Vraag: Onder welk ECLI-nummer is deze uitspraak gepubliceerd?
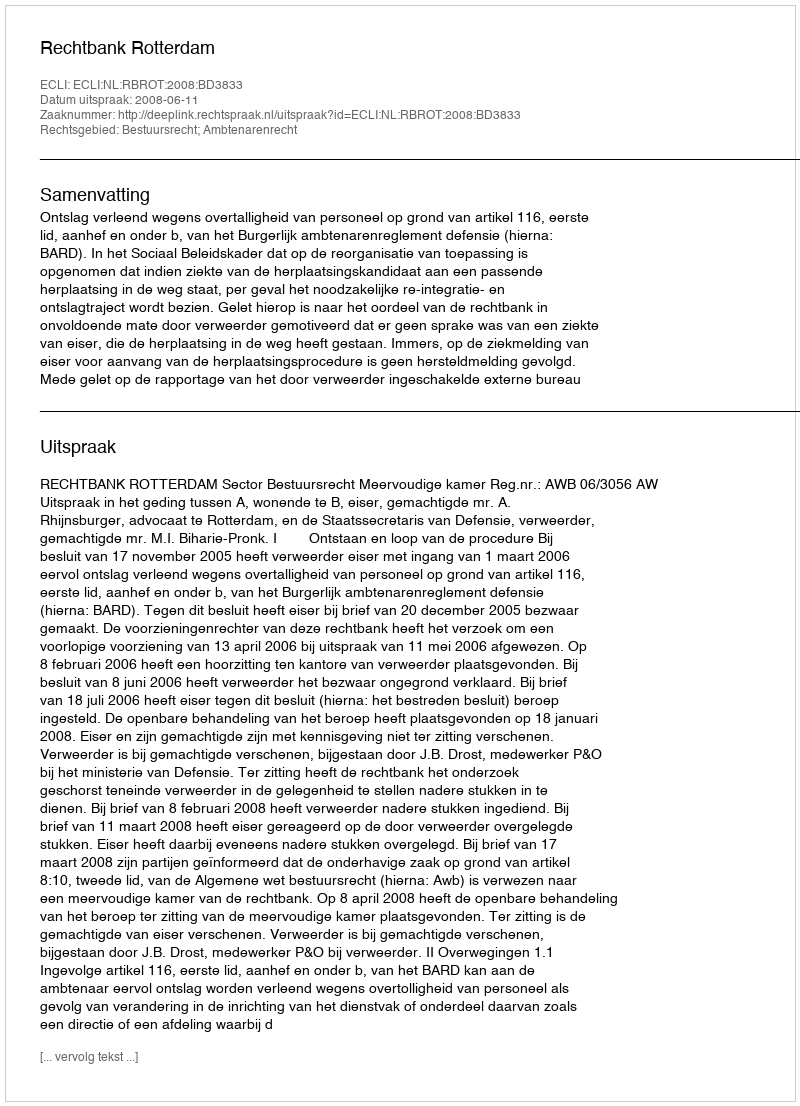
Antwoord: ECLI:NL:RBROT:2008:BD3833